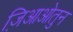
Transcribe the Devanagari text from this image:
ज़िआओतुन